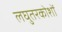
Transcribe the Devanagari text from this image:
लघुतरकोशों